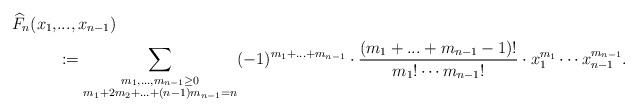
LaTeX: \begin{align*} \widehat{F}_n(x_1,&...,x_{n-1}) \\ &:= \sum \limits_{\substack{m_1,...,m_{n-1} \geq 0 \\ m_1 + 2m_2 + ... + (n-1)m_{n-1} = n}} (-1)^{m_1 + ... + m_{n-1}} \cdot \frac{(m_1 + ... + m_{n-1} - 1)!}{m_1!\cdots m_{n-1}!} \cdot x_1^{m_1} \cdots x_{n-1}^{m_{n-1}}.\end{align*}